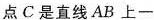
点C是直线AB上一